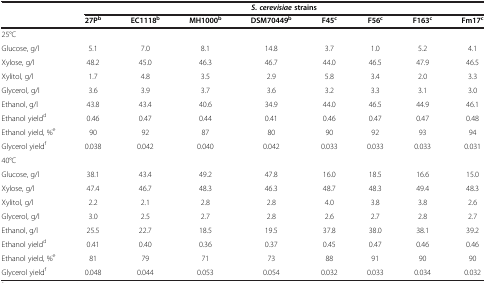
<table><thead><tr><td rowspan="2"><b> </b></td><td colspan="8"><b><i>S. cerevisiae </i>strains</b></td></tr><tr><td><b>27P<sup>b</sup></b></td><td><b>EC1118<sup>b</sup></b></td><td><b>MH1000<sup>b</sup></b></td><td><b>DSM70449<sup>b</sup></b></td><td><b>F45<sup>c</sup></b></td><td><b>F56<sup>c</sup></b></td><td><b>F163<sup>c</sup></b></td><td><b>Fm17<sup>c</sup></b></td></tr></thead><tbody><tr><td>25°C</td><td> </td><td> </td><td> </td><td> </td><td> </td><td> </td><td> </td><td> </td></tr><tr><td>Glucose, g/l</td><td>5.1</td><td>7.0</td><td>8.1</td><td>14.8</td><td>3.7</td><td>1.0</td><td>5.2</td><td>4.1</td></tr><tr><td>Xylose, g/l</td><td>48.2</td><td>45.0</td><td>46.3</td><td>46.7</td><td>44.0</td><td>46.5</td><td>47.9</td><td>46.5</td></tr><tr><td>Xylitol, g/l</td><td>1.7</td><td>4.8</td><td>3.5</td><td>2.9</td><td>5.8</td><td>3.4</td><td>2.0</td><td>3.3</td></tr><tr><td>Glycerol, g/l</td><td>3.6</td><td>3.9</td><td>3.7</td><td>3.6</td><td>3.2</td><td>3.3</td><td>3.1</td><td>3.0</td></tr><tr><td>Ethanol, g/l</td><td>43.8</td><td>43.4</td><td>40.6</td><td>34.9</td><td>44.0</td><td>46.5</td><td>44.9</td><td>46.1</td></tr><tr><td>Ethanol yield<sup>d</sup></td><td>0.46</td><td>0.47</td><td>0.44</td><td>0.41</td><td>0.46</td><td>0.47</td><td>0.47</td><td>0.48</td></tr><tr><td>Ethanol yield, %<sup>e</sup></td><td>90</td><td>92</td><td>87</td><td>80</td><td>90</td><td>92</td><td>93</td><td>94</td></tr><tr><td>Glycerol yield<sup>f</sup></td><td>0.038</td><td>0.042</td><td>0.040</td><td>0.042</td><td>0.033</td><td>0.033</td><td>0.033</td><td>0.031</td></tr><tr><td>40°C</td><td> </td><td> </td><td> </td><td> </td><td> </td><td> </td><td> </td><td> </td></tr><tr><td>Glucose, g/l</td><td>38.1</td><td>43.4</td><td>49.2</td><td>47.8</td><td>16.0</td><td>18.5</td><td>16.6</td><td>15.0</td></tr><tr><td>Xylose, g/l</td><td>47.4</td><td>46.7</td><td>48.3</td><td>46.3</td><td>48.7</td><td>48.3</td><td>49.4</td><td>48.3</td></tr><tr><td>Xylitol, g/l</td><td>2.2</td><td>2.1</td><td>2.8</td><td>2.8</td><td>4.0</td><td>3.8</td><td>3.8</td><td>2.6</td></tr><tr><td>Glycerol, g/l</td><td>3.0</td><td>2.5</td><td>2.7</td><td>2.8</td><td>2.6</td><td>2.7</td><td>2.8</td><td>2.7</td></tr><tr><td>Ethanol, g/l</td><td>25.5</td><td>22.7</td><td>18.5</td><td>19.5</td><td>37.8</td><td>38.0</td><td>38.1</td><td>39.2</td></tr><tr><td>Ethanol yield<sup>d</sup></td><td>0.41</td><td>0.40</td><td>0.36</td><td>0.37</td><td>0.45</td><td>0.47</td><td>0.46</td><td>0.46</td></tr><tr><td>Ethanol yield, %<sup>e</sup></td><td>81</td><td>79</td><td>71</td><td>73</td><td>88</td><td>91</td><td>90</td><td>90</td></tr><tr><td>Glycerol yield<sup>f</sup></td><td>0.048</td><td>0.044</td><td>0.053</td><td>0.054</td><td>0.032</td><td>0.033</td><td>0.034</td><td>0.032</td></tr></tbody></table>